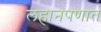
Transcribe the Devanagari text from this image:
लहानपणात